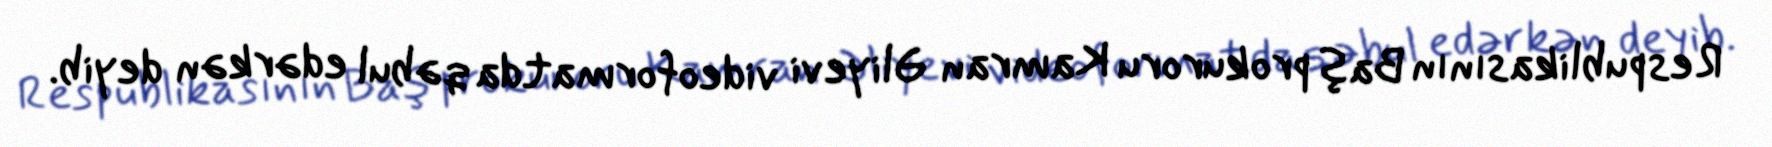
Respublikasının Baş prokuroru Kamran Əliyevi videoformatda qəbul edərkən deyib.